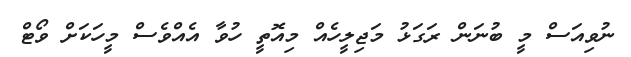
ނުވިއަސް މީ ބުނަން ރަގަޅު މަޖިލީހެއް މިއޮތީ ހުވާ އެއްވެސް މީހަކަށް ވޯޓް